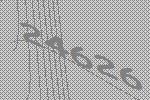
24626